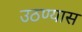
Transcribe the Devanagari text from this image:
उठण्यास